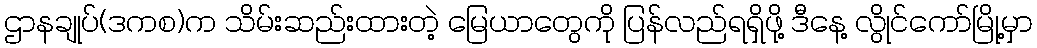
ဌာနချုပ်(ဒကစ)က သိမ်းဆည်းထားတဲ့ မြေယာတွေကို ပြန်လည်ရရှိဖို့ ဒီနေ့ လွိုင်ကော်မြို့မှာ